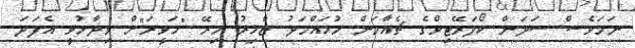
ނަމަވެސް ސަދަން ކޯޕަރޭޓިވްގެ ޗެއާމަން މުހައްމަދު ޒާހިރު މިރޭ "ހަވީރަ"ށް ވިދާޅުވީ އެފަދަ